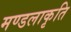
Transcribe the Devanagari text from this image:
मण्डलाकृति